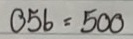
056 = 500